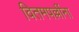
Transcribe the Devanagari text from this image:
वितमपल्लींना